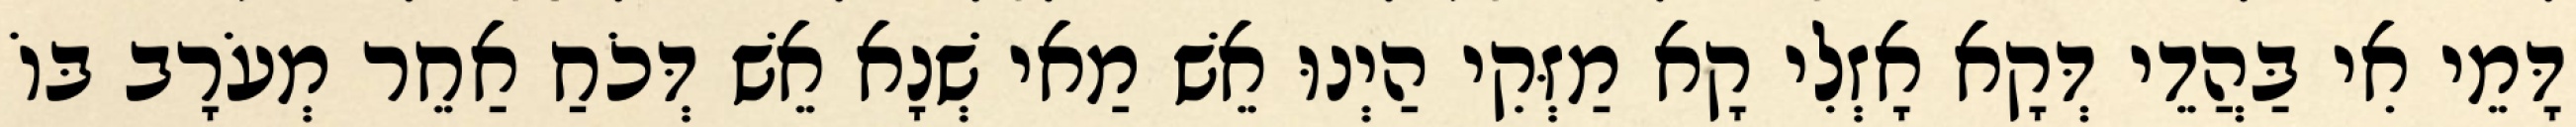
דָּמֵי אִי בַּהֲדֵי דְּקָא אָזְלִי קָא מַזְּקִי הַיְנוּ אֵשׁ מַאי שְׁנָא אֵשׁ דְּכֹחַ אַחֵר מְעֹרָב בּוֹ